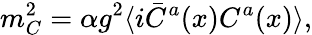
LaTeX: m_{C}^{2}=\alpha g^{2}\langle i\bar{C}^{a}(x)C^{a}(x)\rangle,